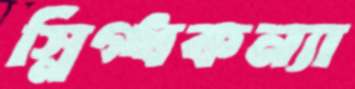
স্নিগ্ধকন্যা